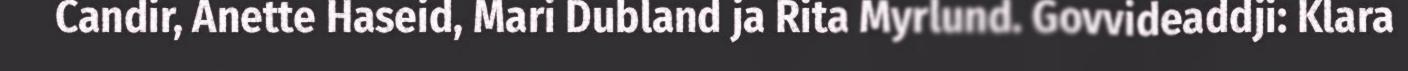
Candir, Anette Haseid, Mari Dubland ja Rita Myrlund. Govvideaddji: Klara